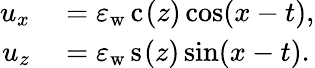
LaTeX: \begin{array}{rl}{u_{x}}&{{}=\varepsilon_{\mathrm{w}}\, \mathrm{c}_{}(z)\cos(x-t),}\\ {u_{z}}&{{}=\varepsilon_{\mathrm{w}}\, \mathrm{s}_{}(z)\sin(x-t).}\end{array}